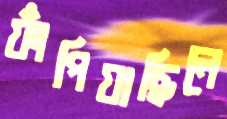
ফাঁপিয়াছিলে